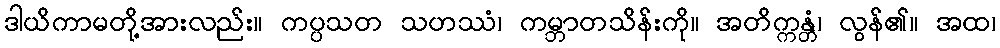
ဒါယိကာမတို့အားလည်း။ ကပ္ပသတ သဟဿံ၊ ကမ္ဘာတသိန်းကို။ အတိက္ကန္တံ၊ လွန်၏။ အထ၊